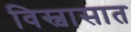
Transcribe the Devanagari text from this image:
विस्वासात